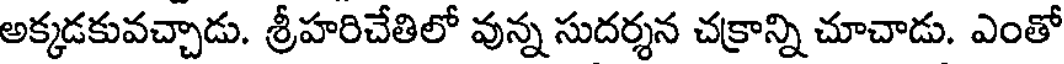
అక్కడకువచ్చాడు. శ్రీహరిచేతిలో వున్న సుదర్శన చక్రాన్ని చూచాడు. ఎంతో